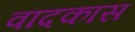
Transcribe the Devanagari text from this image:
वादकास